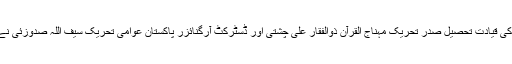
جس کی قیادت تحصیل صدر تحریک مہناج القرآن ذوالفقار علی چشتی اور ڈسٹرکٹ آرگنائزر پاکستان عوامی تحریک سیف اللہ صدوزئی نے کی۔